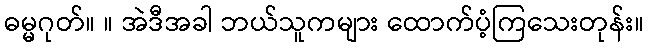
ဓမ္မဂုတ်။ ။ အဲဒီအခါ ဘယ်သူကများ ထောက်ပံ့ကြသေးတုန်း။